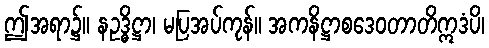
ဤအရာ၌။ နဥဒ္ဓိဋ္ဌာ၊ မပြအပ်ကုန်။ အကနိဋ္ဌာစဒေဝတာတိဣဒံပိ၊